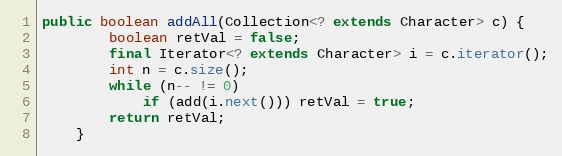
Language: Java
public boolean addAll(Collection<? extends Character> c) {
        boolean retVal = false;
        final Iterator<? extends Character> i = c.iterator();
        int n = c.size();
        while (n-- != 0)
            if (add(i.next())) retVal = true;
        return retVal;
    }